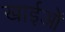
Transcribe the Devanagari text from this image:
खाईओं